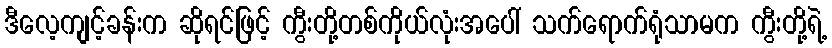
ဒီလေ့ကျင့်ခန်းက ဆိုရင်ဖြင့် ကွီးတို့တစ်ကိုယ်လုံးအပေါ် သက်ရောက်ရုံသာမက ကွီးတို့ရဲ့